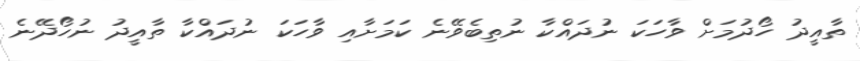
ތާއީދު ހޯދުމަށް ވާހަކަ ނުދައްކާ ނުތިބެވޭނެ ކަމަށާއި ވާހަކަ ނުދައްކާ ތާއީދު ނުހޯދޭނެ